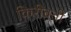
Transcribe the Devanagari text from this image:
किरीबती